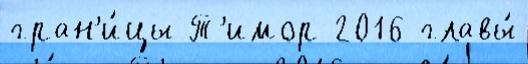
гран'и́цы Т'имор 2016 главы́